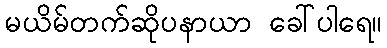
မယိမ်တက်ဆိုပနာယာ ခေါ်ပါရေ။